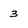
Character: 3